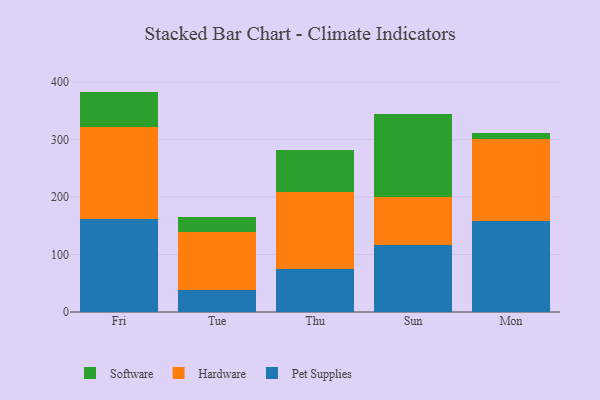
{"axis": {"x": "Day", "y": "Page Views"}, "legend": ["Hardware", "Pet Supplies", "Software"], "data": [{"x": "Fri", "y": 161.1, "type": "Pet Supplies"}, {"x": "Fri", "y": 161.0, "type": "Hardware"}, {"x": "Fri", "y": 61.4, "type": "Software"}, {"x": "Tue", "y": 38.5, "type": "Pet Supplies"}, {"x": "Tue", "y": 101.0, "type": "Hardware"}, {"x": "Tue", "y": 26.5, "type": "Software"}, {"x": "Thu", "y": 75.2, "type": "Pet Supplies"}, {"x": "Thu", "y": 133.1, "type": "Hardware"}, {"x": "Thu", "y": 73.2, "type": "Software"}, {"x": "Sun", "y": 116.5, "type": "Pet Supplies"}, {"x": "Sun", "y": 83.7, "type": "Hardware"}, {"x": "Sun", "y": 144.9, "type": "Software"}, {"x": "Mon", "y": 157.6, "type": "Pet Supplies"}, {"x": "Mon", "y": 142.8, "type": "Hardware"}, {"x": "Mon", "y": 11.8, "type": "Software"}]}